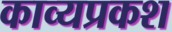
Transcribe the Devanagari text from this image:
काव्यप्रकश